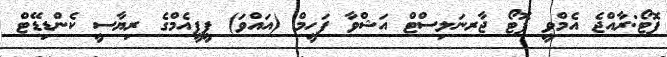
ފޮޓޯ:ރާއްޖެ އެމްވީ ފޮޓޯ ޖާރނަލިސްޓް އަޝްވާ ފަހީމް (އައްވަ) ޕީޕީއެމްގެ ރިޔާސީ ކެންޑިޑޭޓް